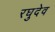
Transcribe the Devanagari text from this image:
रघुदेव